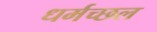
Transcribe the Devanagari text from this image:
धर्मच्छल